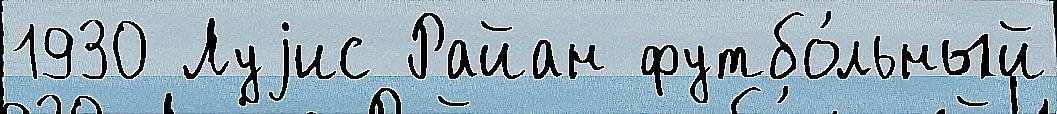
1930 Луjис Райан футбо́льный